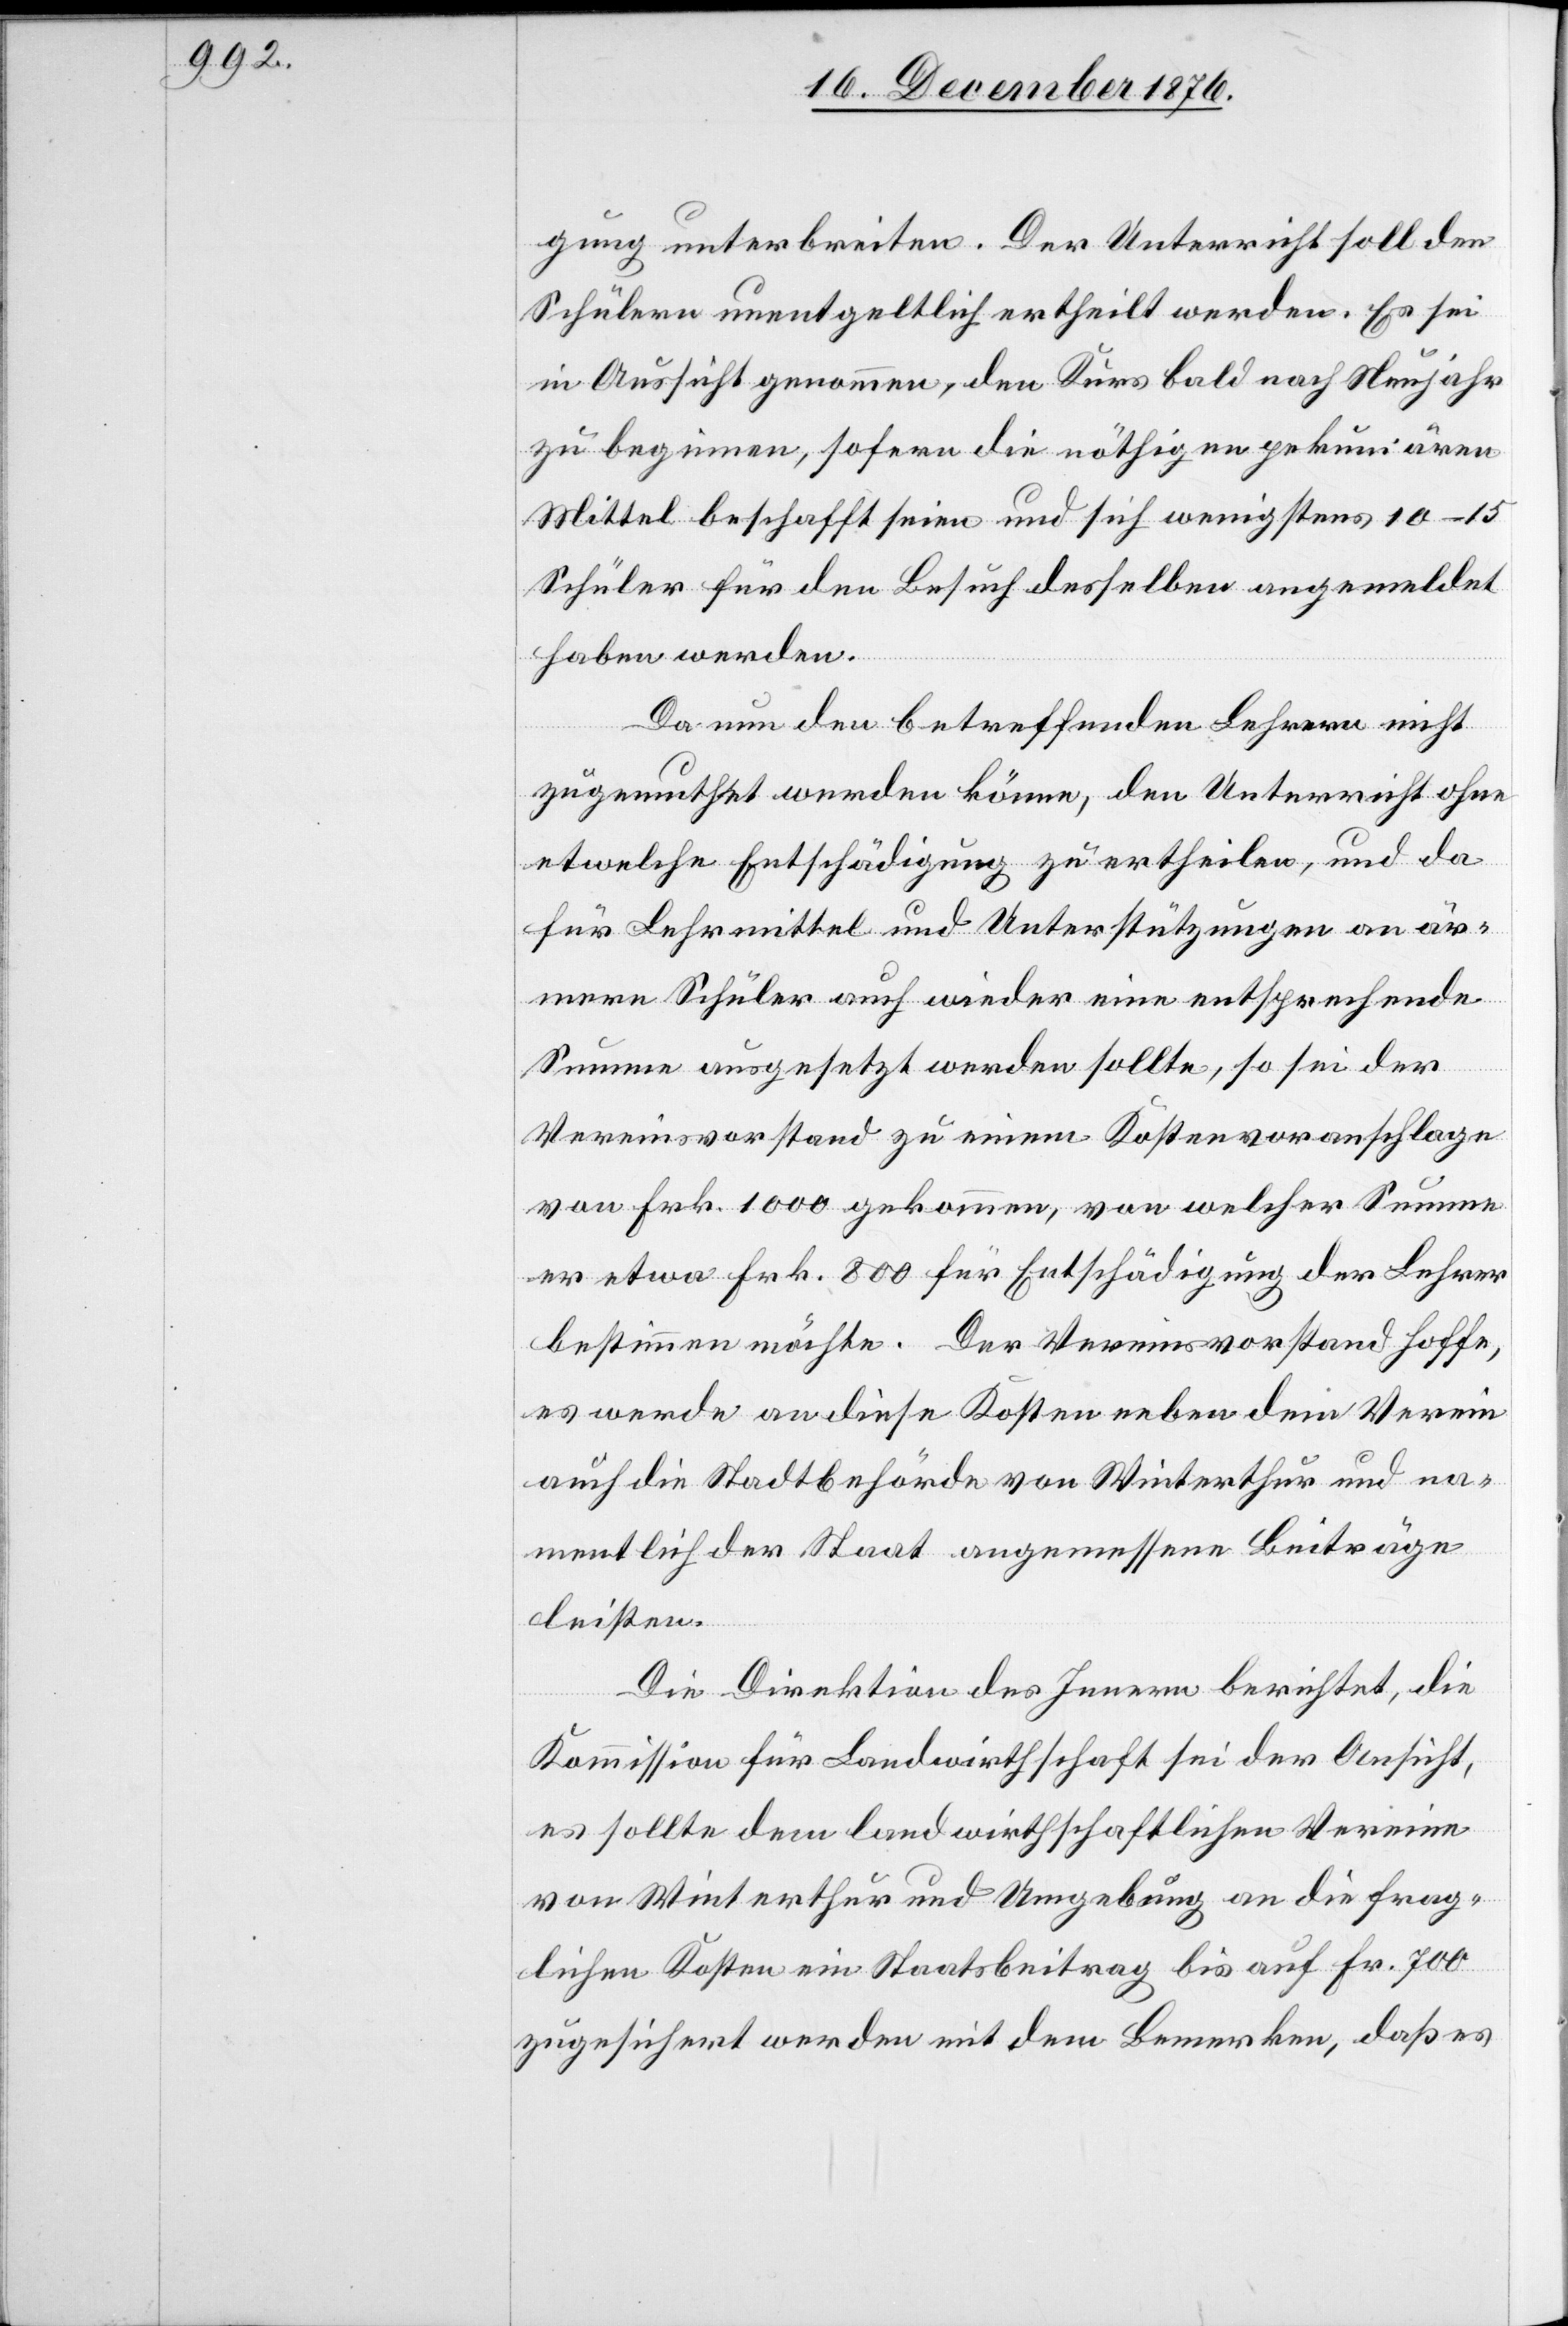
gung unterbreiten. Der Unterricht soll den
Schülern unentgeltlich ertheilt werden. Es sei
in Aussicht genommen, den Kurs bald nach Neujahr
zu beginnen, sofern die nöthigen pekuniären
Mittel beschafft seien und sich wenigstens 10–15
Schüler für den Besuch desselben angemeldet
haben werden.
Da nun den betreffenden Lehrern nicht
zugemuthet werden könne, den Unterricht ohne
etwelche Entschädigung zu ertheilen, und da
für Lehrmittel und Unterstützungen an är¬
mere Schüler auch wieder eine entsprechende
Summe ausgesetzt werden sollte, so sei der
Vereinsvorstand zu einem Kostenvoranschlage
von Frk. 1000 gekommen, von welcher Summe
er etwa Frk. 800 für Entschädigung der Lehrer
bestimmen möchte. Der Vereinsvorstand hoffe,
es werde an diese Kosten neben dem Verein
auch die Stadtbehörde von Winterthur und na¬
mentlich der Staat angemessene Beiträge
leisten.
Die Direktion des Innern berichtet, die
Kommission für Landwirthschaft sei der Ansicht,
es sollte dem landwirthschaftlichen Verein
von Winterthur und Umgebung an die frag¬
lichen Kosten ein Staatsbeitrag bis auf Fr. 700
zugesichert werden mit dem Bemerken, daß es